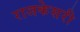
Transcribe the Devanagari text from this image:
राजकेसरी